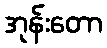
အုန်းတော